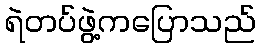
ရဲတပ်ဖွဲ့ကပြောသည်